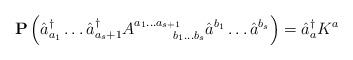
LaTeX: \begin{align*}{\bf P} \left( \hat{a}^{\dagger}_{a_1} \ldots \hat{a}^{\dagger}_{a_s+1}A^{a_1 \ldots a_{s+1}}_{\;\;\quad \quad b_1 \ldots b_s} \hat{a}^{b_1} \ldots\hat{a}^{b_s}\right) = \hat{a}^{\dagger}_a K^a\end{align*}